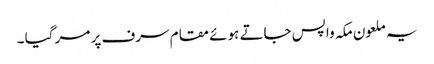
یہ ملعون مکہ واپس جاتے ہوئے مقام سرف پر مر گیا ۔